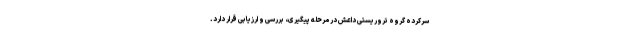
سرکرده گروه تروریستی داعش در مرحله پیگیری، بررسی و ارزیابی قرار دارد.